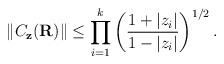
LaTeX: \begin{align*}\|C_{\bf z}({\bf R})\|\leq \prod_{i=1}^k\left(\frac{1+|z_i|}{1-|z_i|}\right)^{1/2}.\end{align*}